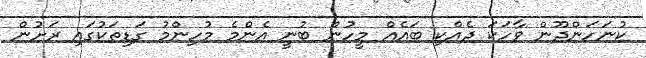
ކުނަހަންދޫން ވާހަކަ ދެއްކި ބައެއް މީހުން ބުނީ އެންމެ މުހިންމު ގަޑިތަކުގައި ރަށުން